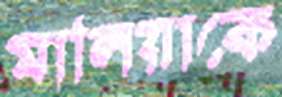
মালিয়াকে